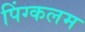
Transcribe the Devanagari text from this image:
पिंग्कलम